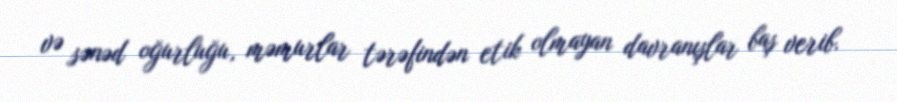
və sənəd oğurluğu, məmurlar tərəfindən etik olmayan davranışlar baş verib.